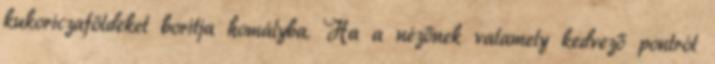
kukoriczaföldeket borítja homályba. Ha a nézőnek valamely kedvező pontról